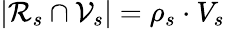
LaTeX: |\mathcal{R}_{s}\cap\mathcal{V}_{s}|=\rho_{s}\cdot V_{s}